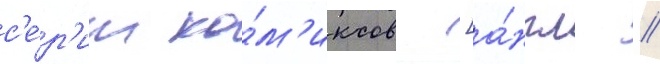
с'е́р'ии ко́м'иксов [а́нгл. //